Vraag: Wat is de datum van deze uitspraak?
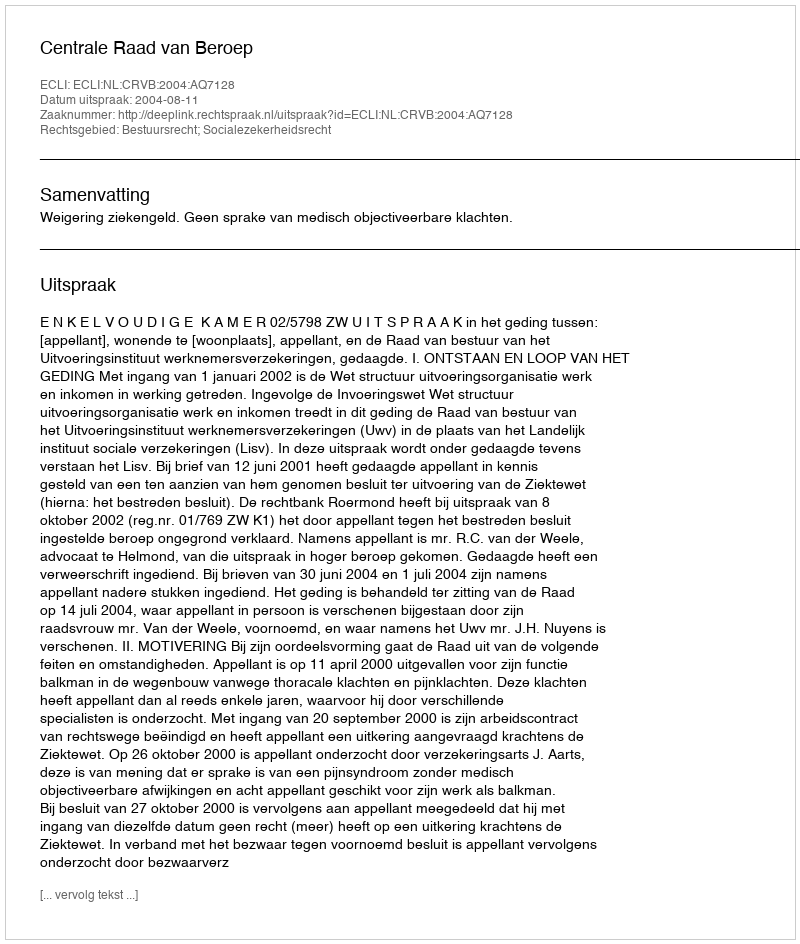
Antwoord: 2004-08-11